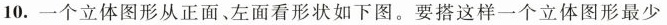
10.一个立体图形从正面、左面看形状如下图。要搭这样一个立体图形最少